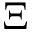
\Xi